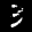
Label: 3